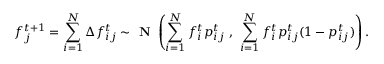
f _ { j } ^ { t + 1 } = \sum _ { i = 1 } ^ { N } \Delta f _ { i j } ^ { t } \sim \textbf { N } \left( \sum _ { i = 1 } ^ { N } f _ { i } ^ { t } { p } _ { i j } ^ { t } \ , \ \sum _ { i = 1 } ^ { N } f _ { i } ^ { t } { p } _ { i j } ^ { t } ( 1 - { p } _ { i j } ^ { t } ) \right) .